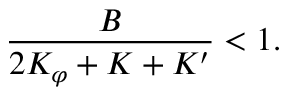
\frac { B } { 2 K _ { \varphi } + K + K ^ { \prime } } < 1 .